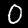
Digit: 0